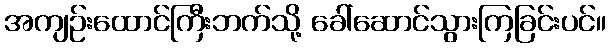
အကျဉ်းထောင်ကြီးဘက်သို့ ခေါ်ဆောင်သွားကြခြင်းပင်။